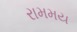
રામમય